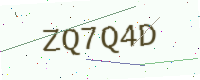
Text: ZQ7Q4D